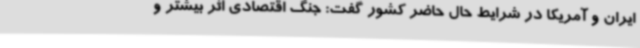
ایران و آمریکا در شرایط حال حاضر کشور گفت: جنگ اقتصادی اثر بیشتر و